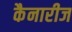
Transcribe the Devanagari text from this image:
कैनारीज